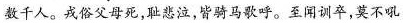
数千人。戎俗父母死，耻悲泣。皆骑马歌呼。至闻训卒，莫不吼